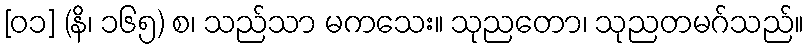
[၀၁] (နိ၊ ၁၆၅) စ၊ သည်သာ မကသေး။ သုညတော၊ သုညတမဂ်သည်။